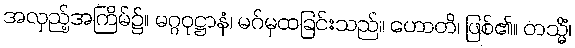
အလှည့်အကြိမ်၌။ မဂ္ဂဝုဋ္ဌာနံ၊ မဂ်မှထခြင်းသည်။ ဟောတိ၊ ဖြစ်၏။ တသ္မိံ၊